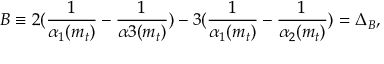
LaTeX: B \equiv 2 ( \frac { 1 } { \alpha _ { 1 } ( m _ { t } ) } - \frac { 1 } { \alpha { 3 } ( m _ { t } ) } ) - 3 ( \frac { 1 } { \alpha _ { 1 } ( m _ { t } ) } - \frac { 1 } { \alpha _ { 2 } ( m _ { t } ) } ) = \Delta _ { B } ,